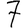
Digit: 7